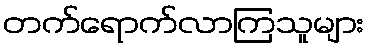
တက်ရောက်လာကြသူများ